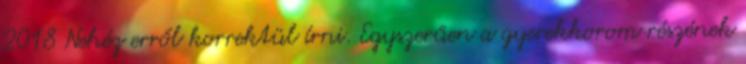
2018 Nehéz erről korrektül írni. Egyszerűen a gyerekkorom részének